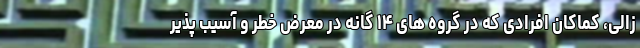
زالی، کماکان افرادی که در گروه های ۱۴ گانه در معرض خطر و آسیب پذیر